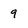
Character: 9